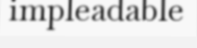
impleadable